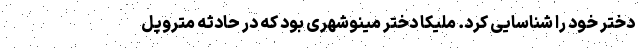
دختر خود را شناسایی کرد. ملیکا دختر مینوشهری بود که در حادثه متروپل